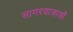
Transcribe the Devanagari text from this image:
सागरयात्राओं